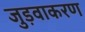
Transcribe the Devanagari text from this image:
जुड़वाकरण